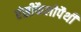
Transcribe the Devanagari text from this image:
एंसीफैलोपैथी